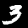
Digit: 3